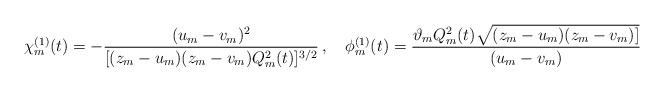
LaTeX: \begin{align*}\chi_m^{(1)}(t)=-\frac{(u_m-v_m)^2}{[(z_m-u_m)(z_m-v_m)Q_m^2(t)]^{3/2}}\,,\quad\phi_m^{(1)}(t)=\frac{\vartheta_mQ_m^2(t)\sqrt{(z_m-u_m)(z_m-v_m)]}}{(u_m-v_m)}\end{align*}